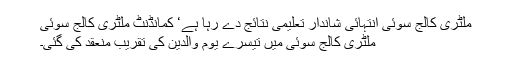
ملٹری کالج سُوئی انتہائی شاندار تعلیمی نتائج دے رہا ہے‘ کمانڈنٹ ملٹری کالج سوئی
ملٹری کالج سوئی میں تیسرے یوم والدین کی تقریب منعقد کی گئی۔